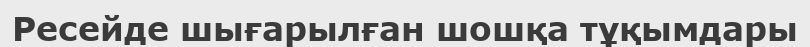
Ресейде шығарылған шошқа тұқымдары